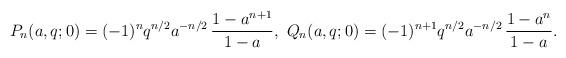
LaTeX: \begin{align*}P_{n}(a,q;0)=(-1)^{n}q^{n/2}a^{-n/2}\,\frac{1-a^{n+1}}{1-a},\ Q_{n}(a,q;0)=(-1)^{n+1}q^{n/2}a^{-n/2}\,\frac{1-a^{n}}{1-a}.\end{align*}